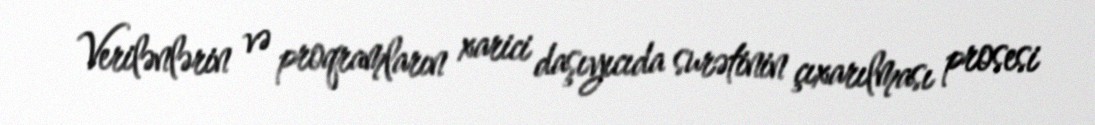
Verilənlərin və proqramların xarici daşıyıcıda surətinin çıxarılması prosesi